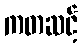
ကတဆင့်